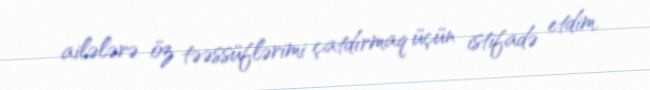
ailələrə öz təəssüflərimi çatdırmaq üçün istifadə etdim.